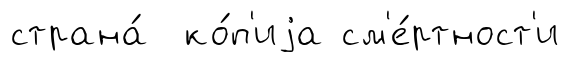
страна́ ко́п'иjа см'е́ртност'и